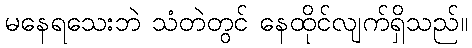
မနေရသေးဘဲ သံတဲတွင် နေထိုင်လျက်ရှိသည်။